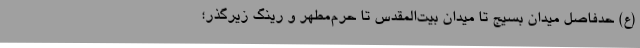
(ع) حدفاصل میدان بسیج تا میدان بیت‌المقدس تا حرم‌مطهر و رینگ زیرگذر؛